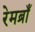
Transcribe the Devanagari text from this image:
रेमब्राँ